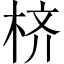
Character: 𪲎